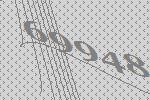
69948